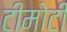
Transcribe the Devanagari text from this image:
टीमोटी